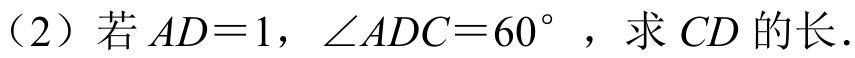
(2) 若\(AD = 1\)，\(\angle ADC = 60^{\circ}\) ，求 \(CD\) 的长.